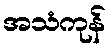
အသံကုန်